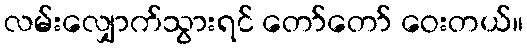
လမ်းလျှောက်သွားရင် တော်တော် ဝေးတယ်။